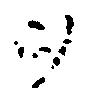
ヲ